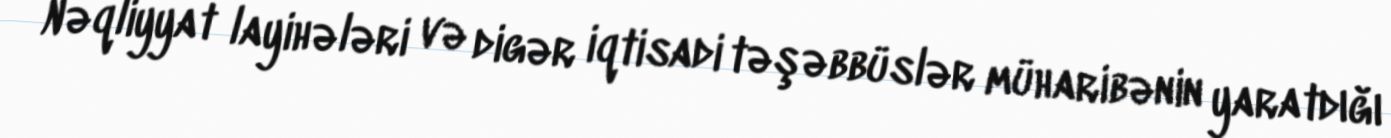
Nəqliyyat layihələri və digər iqtisadi təşəbbüslər müharibənin yaratdığı